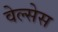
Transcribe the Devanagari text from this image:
वेल्सेस